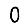
Digit: 0